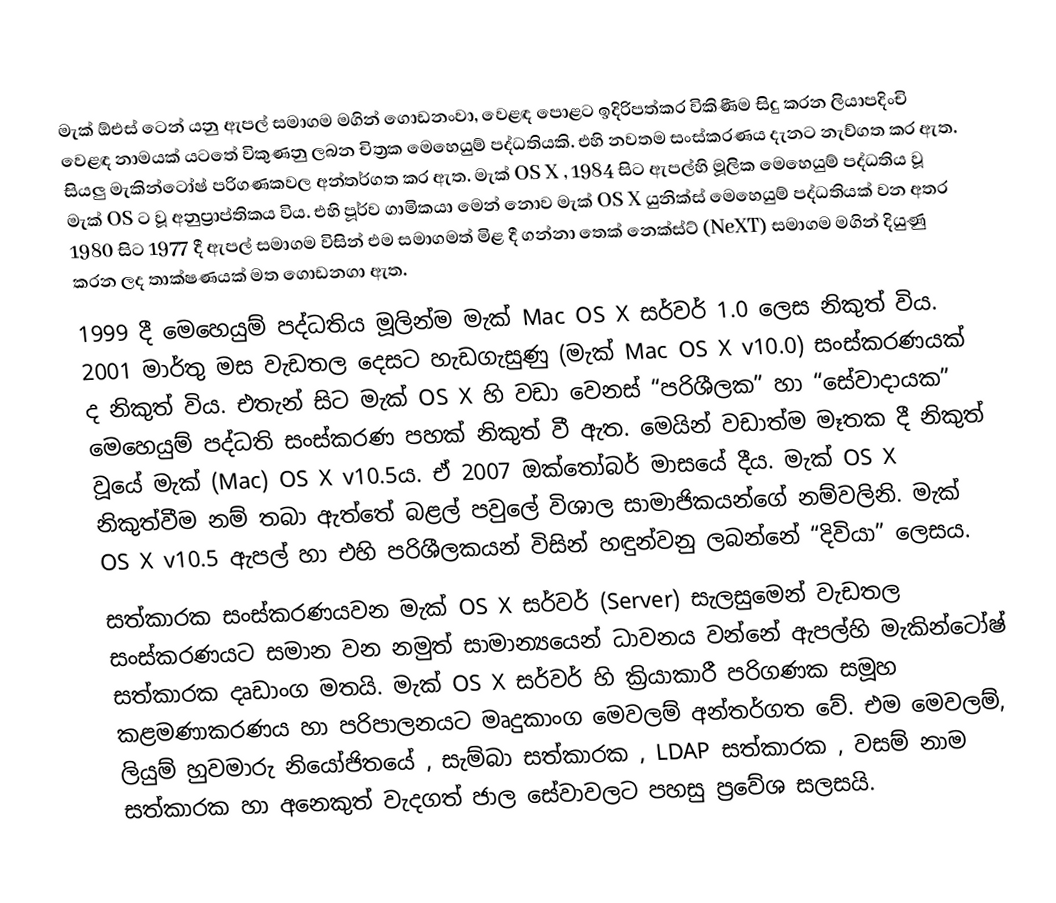
මැක් ඕඑස් ටෙන් යනු ඇපල් සමාගම මගින් ගොඩනංවා, වෙළඳ පොළට ඉදිරිපත්කර විකිණීම සිදු කරන ලියාපදිංචි වෙළඳ නාමයක් යටතේ විකුණනු ලබන චිත්‍රක මෙහෙයුම් පද්ධතියකි. එහි නවතම සංස්කරණය දැනට නැව්ගත කර ඇත. සියලු මැකින්ටෝෂ් පරිගණකවල අන්තර්ගත කර ඇත. මැක් OS X , 1984 සිට ඇපල්හි මූලික මෙහෙයුම් පද්ධතිය වූ මැක් OS ට වූ අනුප්‍රාප්තිකය විය. එහි පූර්ව ගාමිකයා මෙන් නොව මැක් OS X යුනික්ස් මෙහෙයුම් පද්ධතියක් වන අතර 1980 සිට 1977 දී ඇපල් සමාගම විසින් එම සමාගමත් මිළ දී ගන්නා තෙක් නෙක්ස්ට් (NeXT) සමාගම මගින් දියුණු කරන ලද තාක්ෂණයක් මත ගොඩනගා ඇත.
1999 දී මෙහෙයුම් පද්ධතිය මූලින්ම මැක් Mac OS X සර්වර් 1.0 ලෙස නිකුත් විය. 2001 මාර්තු මස වැඩතල දෙසට හැඩගැසුණු (මැක් Mac OS X v10.0) සංස්කරණයක් ද නිකුත් විය. එතැන් සිට මැක් OS X හි වඩා වෙනස් “පරිශීලක” හා “සේවාදායක” මෙහෙයුම් පද්ධති සංස්කරණ පහක් නිකුත් වී ඇත. මෙයින් වඩාත්ම මෑතක දී නිකුත් වූයේ මැක් (Mac) OS X v10.5ය. ඒ 2007 ‍ඔක්තෝබර් මාසයේ දීය. මැක් OS X නිකුත්වීම නම් තබා ඇත්තේ බළල් පවුලේ විශාල සාමාජිකයන්ගේ නම්වලිනි. මැක් OS X v10.5 ඇපල් හා එහි පරිශීලකයන් විසින් හඳුන්වනු ලබන්නේ “දිවියා” ලෙසය.
සත්කාරක සංස්කරණයවන මැක් OS X සර්වර් (Server) සැලසුමෙන් වැඩතල සංස්කරණයට සමාන වන නමුත් සාමාන්‍යයෙන් ධාවනය වන්නේ ඇපල්හි මැකින්ටෝෂ් සත්කාරක දෘඩාංග මතයි. මැක් OS X සර්වර් හි ක්‍රියාකාරී පරිගණක සමූහ කළමණාකරණය හා පරිපාලනයට මෘදුකාංග මෙවලම් අන්තර්ගත වේ. එම මෙවලම්, ලියුම් හුවමාරු නියෝජිතයේ , සැම්බා සත්කාරක , LDAP සත්කාරක , වසම් නාම සත්කාරක හා අනෙකුත් වැදගත් ජාල සේවාවලට පහසු ප්‍රවේශ සලසයි.